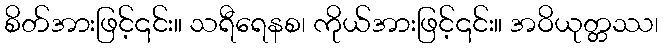
စိတ်အားဖြင့်၎င်း။ သရီရေနစ၊ ကိုယ်အားဖြင့်၎င်း။ အဝိယုတ္တဿ၊